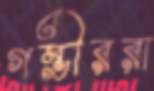
গম্ভীররা